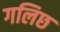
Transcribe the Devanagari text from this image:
गलिछ